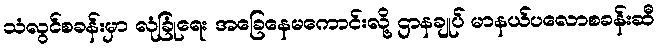
သံလွင်စခန်းမှာ လုံခြုံရေး အခြေနေမကောင်းလို့ ဌာနချုပ် မာနယ်ပလောစခန်းဆီ